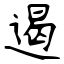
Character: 遏